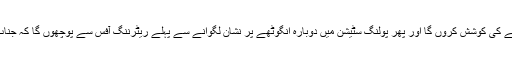
مَیں آئندہ الیکشن تک اِس داغ کو سنبھالنے کی کوشش کروں گا اور پھر پولنگ سٹیشن میں دوبارہ انگوٹھے پر نشان لگوانے سے پہلے ریٹرننگ آفس سے پوچھوں گا کہ جناب یہ الیکشن ’’داغ‘‘ تو نہیں بن جائے گا۔